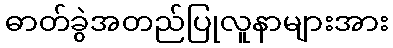
ဓာတ်ခွဲအတည်ပြုလူနာများအား